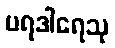
ပရဒါရေသု